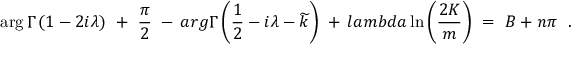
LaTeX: \arg \Gamma \left( { 1 - 2 i \lambda } \right) \ + \ { \frac { \pi } { 2 } } \ - \, a r g \Gamma \left( \frac { 1 } { 2 } - i \lambda - \widetilde { k } \right) \ + \, l a m b d a \ln \left( { \frac { 2 K } { m } } \right) \ = \ B + n \pi \ \ .